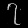
Digit: ၇